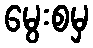
မွေးစမှ